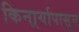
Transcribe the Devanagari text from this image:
किनार्र्यापासून